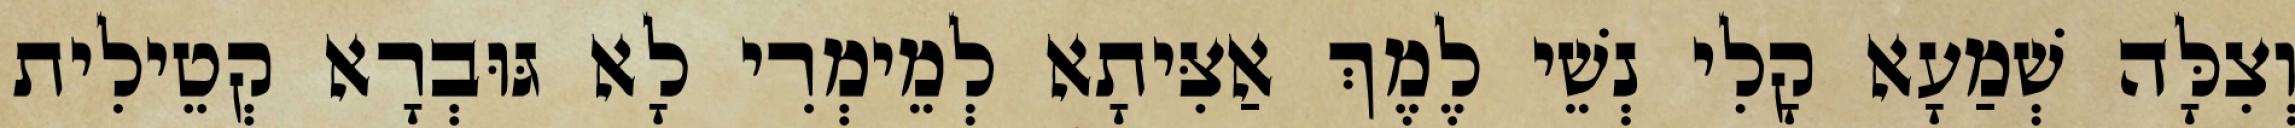
וְצִלָּה שְׁמַעָא קָלִי נְשֵׁי לֶמֶךְ אַצִּיתָא לְמֵימְרִי לָא גּוּבְרָא קְטֵילִית